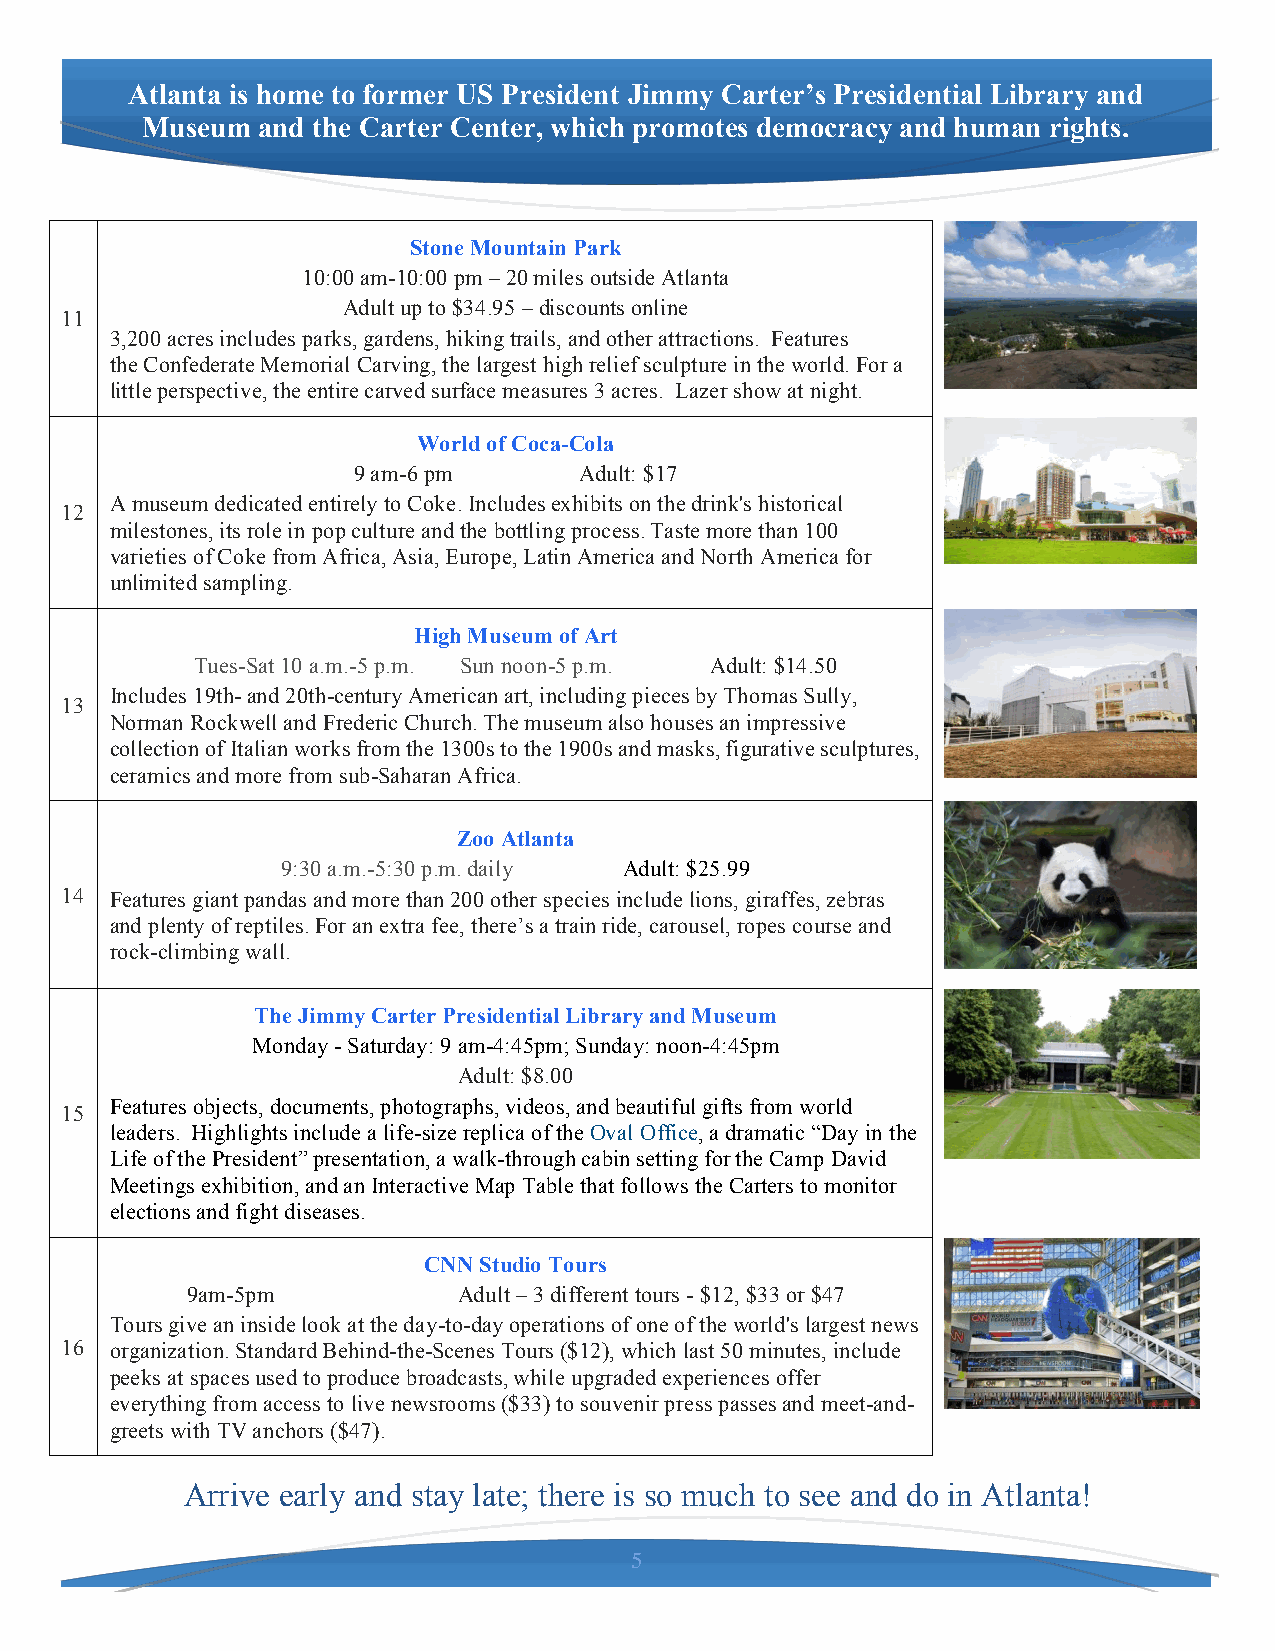
Atlanta is home to former US President Jimmy Carter’s Presidential Library and
 Museum  and the Carter Center, which promotes democracy and human rights.
 Stone Mountain Park
 10:00 am-10:00 pm – 20 miles outside Atlanta
 Adult up to $34.95 – discounts online
 11
 3,200 acres includes parks, gardens, hiking trails, and other attractions. Features
 the Confederate Memorial Carving, the largest high relief sculpture in the world. For a
 little perspective, the entire carved surface measures 3 acres. Lazer show at night.
 World of Coca-Cola
 9 am-6 pm      Adult: $17
 A museum dedicated entirely to Coke. Includes exhibits on the drink's historical
 12
 milestones, its role in pop culture and the bottling process. Taste more than 100
 varieties of Coke from Africa, Asia, Europe, Latin America and North America for
 unlimited sampling.
 High Museum of Art
 Tues-Sat 10 a.m.-5 p.m. Sun noon-5 p.m. Adult: $14.50
 Includes 19th- and 20th-century American art, including pieces by Thomas Sully,
 13
 Norman Rockwell and Frederic Church. The museum also houses an impressive
 collection of Italian works from the 1300s to the 1900s and masks, figurative sculptures,
 ceramics and more from sub-Saharan Africa.
 Zoo Atlanta
 9:30 a.m.-5:30 p.m. daily Adult: $25.99
 14 Features giant pandas and more than 200 other species include lions, giraffes, zebras
 and plenty of reptiles. For an extra fee, there’s a train ride, carousel, ropes course and
 rock-climbing wall.
 The Jimmy Carter Presidential Library and Museum
 Monday - Saturday: 9 am-4:45pm; Sunday: noon-4:45pm
 Adult: $8.00
 Features objects, documents, photographs, videos, and beautiful gifts from world
 15
 leaders. Highlights include a life-size replica of the Oval Office, a dramatic “Day in the
 Life of the President” presentation, a walk-through cabin setting for the Camp David
 Meetings exhibition, and an Interactive Map Table that follows the Carters to monitor
 elections and fight diseases.
 CNN Studio Tours
 9am-5pm           Adult – 3 different tours - $12, $33 or $47
 Tours give an inside look at the day-to-day operations of one of the world's largest news
 16 organization. Standard Behind-the-Scenes Tours ($12), which last 50 minutes, include
 peeks at spaces used to produce broadcasts, while upgraded experiences offer
 everything from access to live newsrooms ($33) to souvenir press passes and meet-and-
 greets with TV anchors ($47).
 Arrive early and stay late; there is so much to see and do in Atlanta!
 5